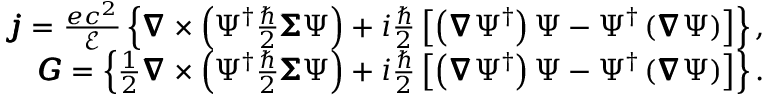
\begin{array} { r l r } & { } & { \pmb { j } = \frac { e c ^ { 2 } } { \mathcal { E } } \left\{ \pmb { \nabla } \times \left( \Psi ^ { \dagger } \frac { \hbar } { 2 } \pmb { \Sigma } \Psi \right) + i \frac { \hbar } { 2 } \left[ \left( \pmb { \nabla } \Psi ^ { \dagger } \right) \Psi - \Psi ^ { \dagger } \left( \pmb { \nabla } \Psi \right) \right] \right\} , } \\ & { } & { \pmb { G } = \left\{ \frac { 1 } { 2 } \pmb { \nabla } \times \left( \Psi ^ { \dagger } \frac { \hbar } { 2 } \pmb { \Sigma } \Psi \right) + i \frac { \hbar } { 2 } \left[ \left( \pmb { \nabla } \Psi ^ { \dagger } \right) \Psi - \Psi ^ { \dagger } \left( \pmb { \nabla } \Psi \right) \right] \right\} . } \end{array}